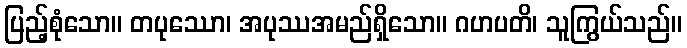
ပြည့်စုံသော။ တပုဿော၊ အပုဿအမည်ရှိသော။ ဂဟပတိ၊ သူကြွယ်သည်။